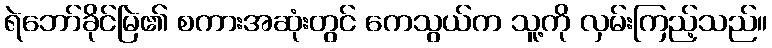
ရဲဘော်ခိုင်မြဲ၏ စကားအဆုံးတွင် ကေသွယ်က သူ့ကို လှမ်းကြည့်သည်။